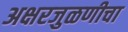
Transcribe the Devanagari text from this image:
अक्षरजुळणीचा